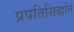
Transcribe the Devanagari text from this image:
प्रपतिसिद्धांत